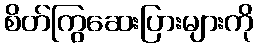
စိတ်ကြွဆေးပြားများကို